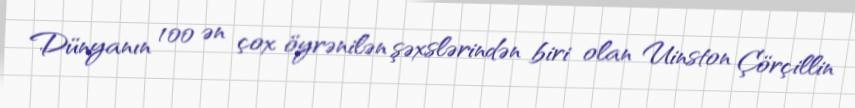
Dünyanın 100 ən çox öyrənilən şəxslərindən biri olan Uinston Çörçillin